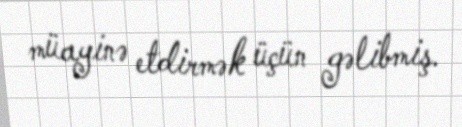
müayinə etdirmək üçün gəlibmiş.